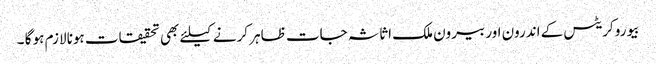
بیورو کریٹس کے اندرون اور بیرون ملک اثاثہ جات ظاہر کرنے کیلئے بھی تحقیقات ہونا لازم ہو گا ۔